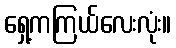
ရှေ့ကကြယ်လေးလုံး။